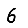
Digit: 6